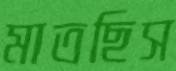
মাতছিস